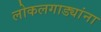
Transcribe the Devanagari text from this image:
लोकलगाड्यांना